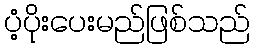
ပံ့ပိုးပေးမည်ဖြစ်သည်